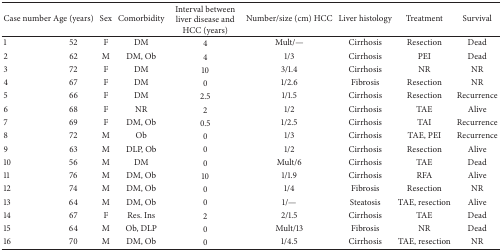
<table><thead><tr><td><b>Case number</b></td><td><b>Age (years)</b></td><td><b>Sex</b></td><td><b>Comorbidity</b></td><td><b>Interval between liver disease and HCC (years)</b></td><td><b>Number/size (cm) HCC</b></td><td><b>Liver histology</b></td><td><b>Treatment</b></td><td><b>Survival</b></td></tr></thead><tbody><tr><td>1</td><td>52</td><td>F</td><td>DM</td><td>4</td><td>Mult/—</td><td>Cirrhosis</td><td>Resection</td><td>Dead</td></tr><tr><td>2</td><td>62</td><td>M</td><td>DM, Ob</td><td>4</td><td>1/3</td><td>Cirrhosis</td><td>PEI</td><td>Dead</td></tr><tr><td>3</td><td>72</td><td>F</td><td>DM</td><td>10</td><td>3/1.4</td><td>Cirrhosis</td><td>NR</td><td>NR</td></tr><tr><td>4</td><td>67</td><td>F</td><td>DM</td><td>0</td><td>1/2.6</td><td>Fibrosis</td><td>Resection</td><td>NR</td></tr><tr><td>5</td><td>66</td><td>F</td><td>DM</td><td>2.5</td><td>1/1.5</td><td>Cirrhosis</td><td>Resection</td><td>Recurrence</td></tr><tr><td>6</td><td>68</td><td>F</td><td>NR</td><td>2</td><td>1/2</td><td>Cirrhosis</td><td>TAE</td><td>Alive</td></tr><tr><td>7</td><td>69</td><td>F</td><td>DM, Ob</td><td>0.5</td><td>1/2.5</td><td>Cirrhosis</td><td>TAI</td><td>Recurrence</td></tr><tr><td>8</td><td>72</td><td>M</td><td>Ob</td><td>0</td><td>1/3</td><td>Cirrhosis</td><td>TAE, PEI</td><td>Recurrence</td></tr><tr><td>9</td><td>63</td><td>M</td><td>DLP, Ob</td><td>0</td><td>1/2</td><td>Cirrhosis</td><td>Resection</td><td>Alive</td></tr><tr><td>10</td><td>56</td><td>M</td><td>DM</td><td>0</td><td>Mult/6</td><td>Cirrhosis</td><td>TAE</td><td>Dead</td></tr><tr><td>11</td><td>76</td><td>M</td><td>DM, Ob</td><td>10</td><td>1/1.9</td><td>Cirrhosis</td><td>RFA</td><td>Alive</td></tr><tr><td>12</td><td>74</td><td>M</td><td>DM, Ob</td><td>0</td><td>1/4</td><td>Fibrosis</td><td>Resection</td><td>NR</td></tr><tr><td>13</td><td>64</td><td>M</td><td>DM, Ob</td><td>0</td><td>1/—</td><td>Steatosis</td><td>TAE, resection</td><td>Alive</td></tr><tr><td>14</td><td>67</td><td>F</td><td>Res. Ins</td><td>2</td><td>2/1.5</td><td>Cirrhosis</td><td>TAE</td><td>Dead</td></tr><tr><td>15</td><td>64</td><td>M</td><td>Ob, DLP</td><td>0</td><td>Mult/13</td><td>Fibrosis</td><td>NR</td><td>Dead</td></tr><tr><td>16</td><td>70</td><td>M</td><td>DM, Ob</td><td>0</td><td>1/4.5</td><td>Cirrhosis</td><td>TAE, resection</td><td>NR</td></tr></tbody></table>